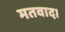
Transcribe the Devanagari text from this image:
मतवाद।